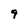
Character: 9